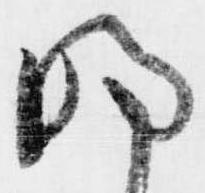
明